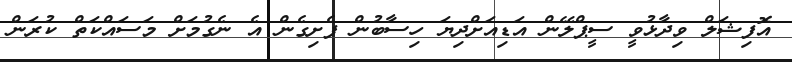
އޮފިޝަލް ވިދާޅުވީ ސީޕްލޭން އަޑިއަށްދިޔަ ހިސާބުން ފެށިގެން އެ ނެގުމަށް މަސައްކަތް ކުރަން